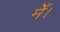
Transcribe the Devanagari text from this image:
मेँ।